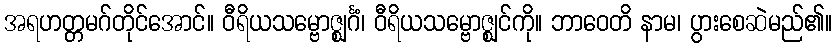
အရဟတ္တမဂ်တိုင်အောင်။ ဝီရိယသမ္ဗောဇ္ဈင်္ဂံ၊ ဝီရိယသမ္ဗောဇ္ဈင်ကို။ ဘာဝေတိ နာမ၊ ပွားစေဆဲမည်၏။